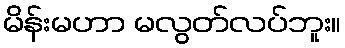
မိန်းမဟာ မလွတ်လပ်ဘူး။